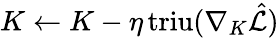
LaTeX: K\gets K-\eta\, \mathrm{triu}(\nabla_{K}\hat{\mathcal{L}})